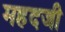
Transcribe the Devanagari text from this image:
महदजी